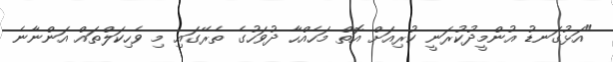
"އަޅުގަނޑު އުންމީދުކުރަނީ ކުރިއަށް އޮތް މަހެއްހާ ދުވަހުގެ ތެރޭގައި މި ވެހިކަލްތައް އަންނާނެ